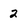
Character: 2